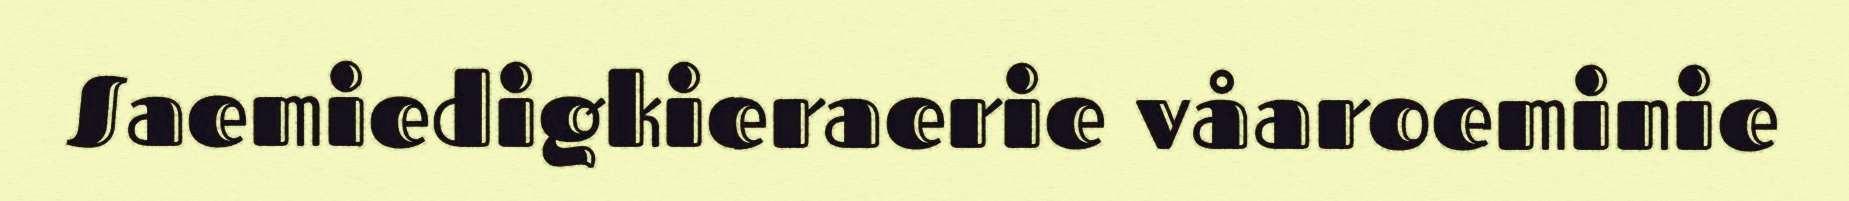
Saemiedigkieraerie våaroeminie